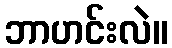
ဘာဟင်းလဲ။